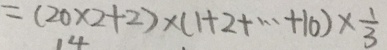
= ( 2 0 \times 2 + 2 ) \times ( 1 + 2 + \cdots + 1 0 ) \times \frac { 1 } { 3 }